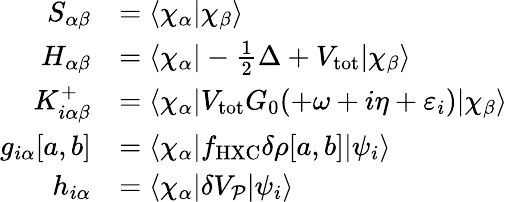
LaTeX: \begin{array}{rl}{S_{\alpha\beta}}&{=\langle\chi_{\alpha}|\chi_{\beta}\rangle}\\ {H_{\alpha\beta}}&{=\langle\chi_{\alpha}|-\frac 12\Delta+V_{\mathrm{tot}}|\chi_{\beta}\rangle}\\ {K_{i\alpha\beta}^{+}}&{=\langle\chi_{\alpha}|V_{\mathrm{tot}}G_{0}(+\omega+i\eta+\varepsilon_{i})|\chi_{\beta}\rangle}\\ {g_{i\alpha}[a,b]}&{=\langle\chi_{\alpha}|f_{\mathrm{HXC}}\delta\rho[a,b]|\psi_{i}\rangle}\\ {h_{i\alpha}}&{=\langle\chi_{\alpha}|\delta V_{\mathcal P}|\psi_{i}\rangle}\end{array}